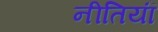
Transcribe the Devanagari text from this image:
नीतियॉं